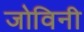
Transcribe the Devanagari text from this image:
जोविनी